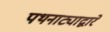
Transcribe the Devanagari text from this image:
पथनाट्याद्वारे